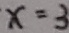
x = 3